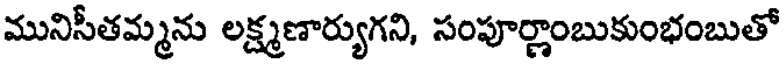
మునిసీతమ్మను లక్ష్మణార్యుగని, సంపూర్ణాంబుకుంభంబుతో